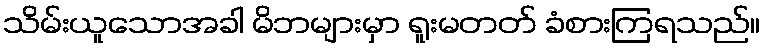
သိမ်းယူသောအခါ မိဘများမှာ ရူးမတတ် ခံစားကြရသည်။